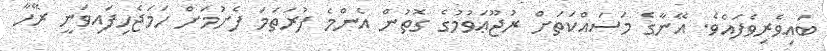
ބައިވެރިވެފައެވެ. އޭނާގެ މަސައްކަތަށް ރުޖޫޢަވުމުގެ ގޮތުން އެންމެ ފުރަތަމަ ފެށުމަށް ހަމަޖެހިފައިވަނީ ރޭހާ